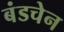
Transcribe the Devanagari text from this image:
बंडचेन